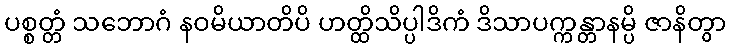
ပစ္စတ္တံ သဘောဂံ နဝမိယာတိပိ ဟတ္ထိသိပ္ပါဒိကံ ဒိသာပက္ကန္တာနမ္ပိ ဇာနိတွာ